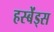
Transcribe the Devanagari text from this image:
हस्बेंड्स